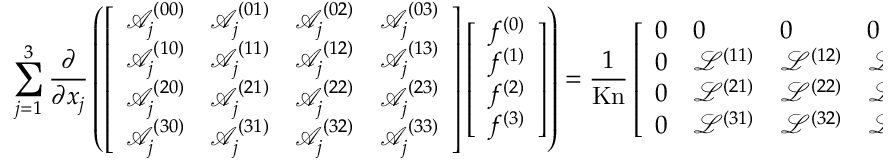
\sum _ { j = 1 } ^ { 3 } \frac { \partial } { \partial x _ { j } } \left( \left[ \begin{array} { l l l l } { \mathcal { A } _ { j } ^ { ( 0 0 ) } } & { \mathcal { A } _ { j } ^ { ( 0 1 ) } } & { \mathcal { A } _ { j } ^ { ( 0 2 ) } } & { \mathcal { A } _ { j } ^ { ( 0 3 ) } } \\ { \mathcal { A } _ { j } ^ { ( 1 0 ) } } & { \mathcal { A } _ { j } ^ { ( 1 1 ) } } & { \mathcal { A } _ { j } ^ { ( 1 2 ) } } & { \mathcal { A } _ { j } ^ { ( 1 3 ) } } \\ { \mathcal { A } _ { j } ^ { ( 2 0 ) } } & { \mathcal { A } _ { j } ^ { ( 2 1 ) } } & { \mathcal { A } _ { j } ^ { ( 2 2 ) } } & { \mathcal { A } _ { j } ^ { ( 2 3 ) } } \\ { \mathcal { A } _ { j } ^ { ( 3 0 ) } } & { \mathcal { A } _ { j } ^ { ( 3 1 ) } } & { \mathcal { A } _ { j } ^ { ( 3 2 ) } } & { \mathcal { A } _ { j } ^ { ( 3 3 ) } } \end{array} \right] \left[ \begin{array} { l } { f ^ { ( 0 ) } } \\ { f ^ { ( 1 ) } } \\ { f ^ { ( 2 ) } } \\ { f ^ { ( 3 ) } } \end{array} \right] \right) = \frac { 1 } { \mathrm { K n } } \left[ \begin{array} { l l l l } { 0 } & { 0 } & { 0 } & { 0 } \\ { 0 } & { \mathcal { L } ^ { ( 1 1 ) } } & { \mathcal { L } ^ { ( 1 2 ) } } & { \mathcal { L } ^ { ( 1 3 ) } } \\ { 0 } & { \mathcal { L } ^ { ( 2 1 ) } } & { \mathcal { L } ^ { ( 2 2 ) } } & { \mathcal { L } ^ { ( 2 3 ) } } \\ { 0 } & { \mathcal { L } ^ { ( 3 1 ) } } & { \mathcal { L } ^ { ( 3 2 ) } } & { \mathcal { L } ^ { ( 3 3 ) } } \end{array} \right] \left[ \begin{array} { l } { f ^ { ( 0 ) } } \\ { f ^ { ( 1 ) } } \\ { f ^ { ( 2 ) } } \\ { f ^ { ( 3 ) } } \end{array} \right] ,